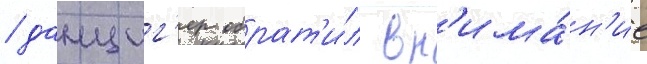
/ данциг'ер обрат'и́л вн'има́н'ие